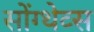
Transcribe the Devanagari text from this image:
सोंग्थेव्स